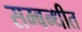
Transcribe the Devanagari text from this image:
सम्‍बन्‍धीत